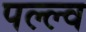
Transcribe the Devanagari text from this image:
पल्ल्व